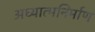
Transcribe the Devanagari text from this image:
अध्यात्मनिर्माण